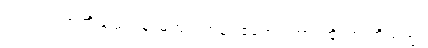
ဂုဏာ၊ ဂုဏ်တို့သည်။ န၊ မဟုတ်ကုန်။ ဧတေဂုဏာ၊ ထိုဂုဏ်တို့သည်။